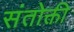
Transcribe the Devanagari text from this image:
संतोक्ती